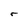
Character: r